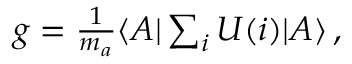
\begin{array} { r } { g = \frac { 1 } { m _ { a } } \langle A \vert \sum _ { i } U ( i ) \vert A \rangle \, , } \end{array}